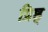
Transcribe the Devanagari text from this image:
प्रिष्ठ्